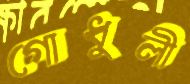
গোধুলী